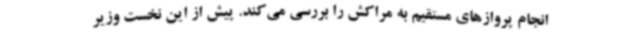
انجام پروازهای مستقیم به مراکش را بررسی می‌کند. پیش از این نخست وزیر